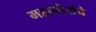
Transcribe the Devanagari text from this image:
महापौरांचे